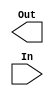
`timescale 1ns / 1ps
//////////////////////////////////////////////////////////////////////////////////
// Company: 
// Engineer: 
// 
// Design Name: 
// Module Name: Decimal_to_BCD
// Project Name: 
// Target Devices: 
// Tool Versions: 
// Description: 
// 
// Dependencies: 
// 
// Revision:
// Revision 0.01 - File Created
// Additional Comments:
// 
//////////////////////////////////////////////////////////////////////////////////


module Decimal_to_BCD(Out, In);
input [9:0] In;
output [3:0] Out;


endmodule